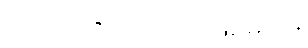
ပုလင်းဆို ပုလင်းပဲ ဖြစ်မှာပါ။